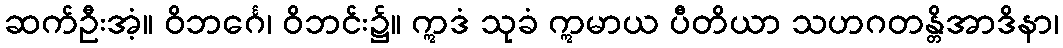
ဆက်ဦးအံ့။ ဝိဘင်္ဂေ၊ ဝိဘင်း၌။ ဣဒံ သုခံ ဣမာယ ပီတိယာ သဟဂတန္တိအာဒိနာ၊